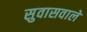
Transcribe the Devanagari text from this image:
सुवासवाले